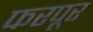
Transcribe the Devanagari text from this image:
फरपूर